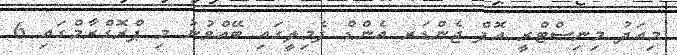
މިއަދު މިނިސްޓްރީ އޮފް ޖެންޑަރ އެންޑް ފެމިލީގައި ބޭއްވުނު މި ޕްރޮގްރާމްގައި 6